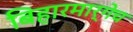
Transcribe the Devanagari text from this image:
बिहारमार्गेच